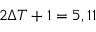
2 \Delta T + 1 = 5 , 1 1